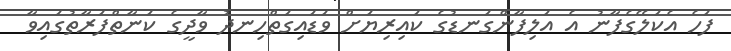
ފަހެ އެކަލޭގެފާނު އެ އަލިފާންގަނޑުގެ ކައިރިޔަށް ވަޑައިގަތްހިނދު ވާދީގެ ކަނާތްފަރާތުގައިވާ